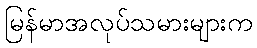
မြန်မာအလုပ်သမားများက